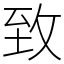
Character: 𦤶